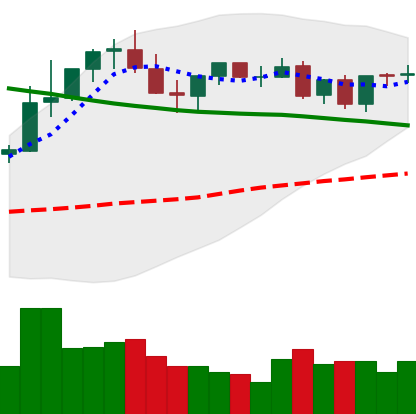
Ticker: TRX-USD
Chart end date: 2021-08-29
Forward return: 14.593%
Label: up_7plus